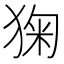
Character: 㹼